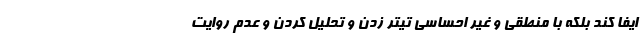
ایفا کند بلکه با منطقی و غیر احساسی تیتر زدن و تحلیل کردن و عدم روایت